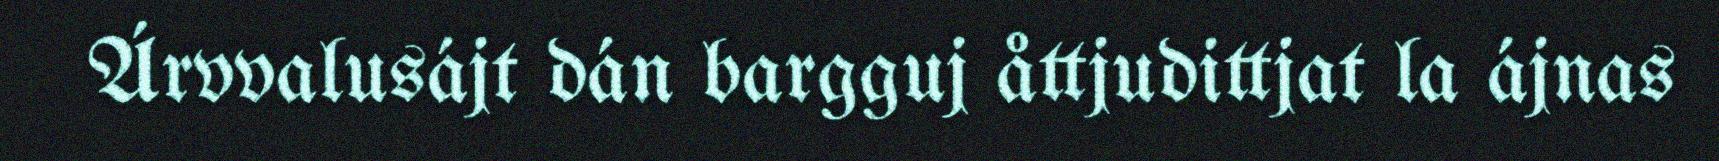
Árvvalusájt dán bargguj åttjudittjat la ájnas